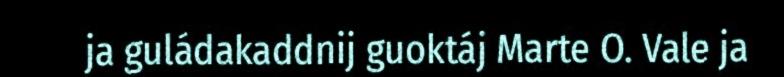
ja guládakaddnij guoktáj Marte O. Vale ja